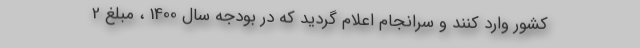
کشور وارد کنند و سرانجام اعلام گردید که در بودجه سال 1400 ، مبلغ 2